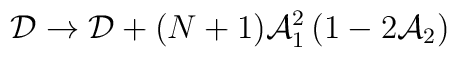
{\cal D}\rightarrow {\cal D} + (N+1){\cal A}_1^2\left(1 - 2{\cal A}_2\right)